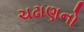
ચઢાણનો